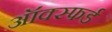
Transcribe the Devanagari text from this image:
ऑक्स्फर्ड